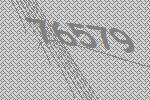
76579